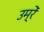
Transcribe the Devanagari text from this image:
उम्रें